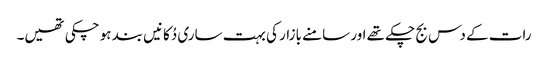
رات کے دس بج چکے تھے اور سامنے بازار کی بہت ساری دُکانیں بند ہو چکی تھیں۔